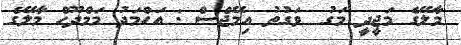
މާލޭގެ މަޖީދީ މަގު  ވަގުތު އިމޭޖްސް : އަހްމަދު މަމްދޫހް މާލޭގެ